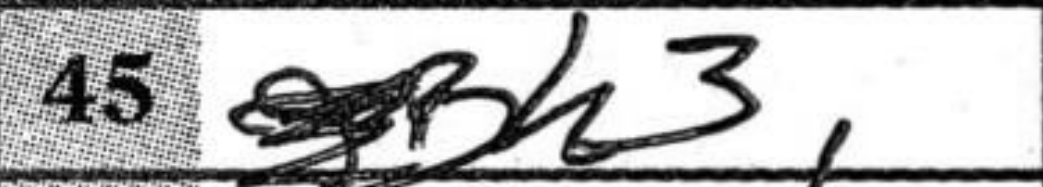
Transcription: Bh3